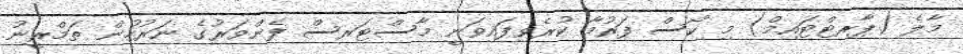
މާލެ (ޕާރޓްޓައިމް) މި ކޯސް ފަރުމާ ކުރެވިފައިވަނީ މާސްޓަރސް ފެންވަރުގެ ނަރުހުން ތަމްރީނު